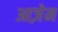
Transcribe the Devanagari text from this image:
आज़ेम